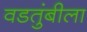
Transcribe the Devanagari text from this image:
वडतुंबीला